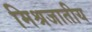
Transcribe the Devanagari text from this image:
मिश्रजातीय